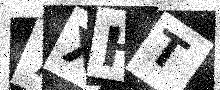
Text: 7XHT